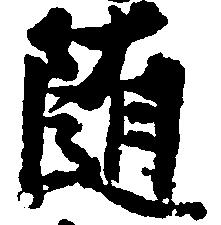
随